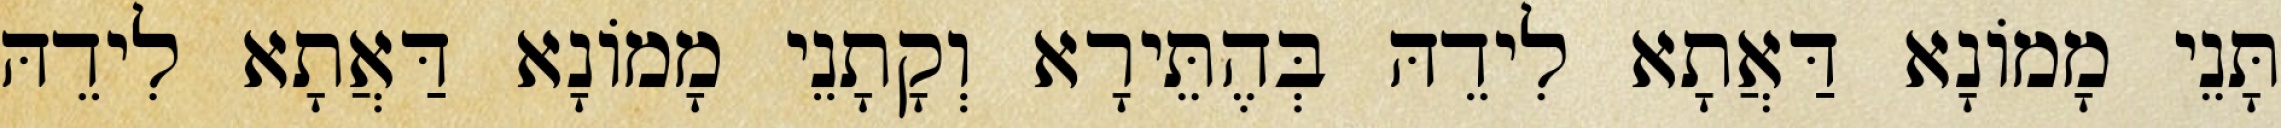
תָּנֵי מָמוֹנָא דַּאֲתָא לִידֵהּ בְּהֶתֵּירָא וְקָתָנֵי מָמוֹנָא דַּאֲתָא לִידֵהּ